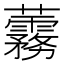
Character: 𧅑